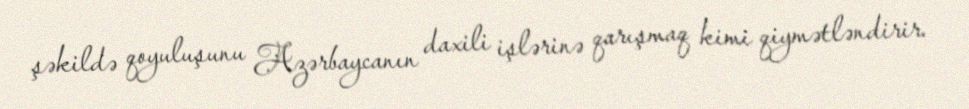
şəkildə qoyuluşunu Azərbaycanın daxili işlərinə qarışmaq kimi qiymətləndirir.